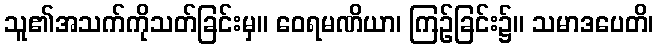
သူ၏အသက်ကိုသတ်ခြင်းမှ။ ဝေရမဏိယာ၊ ကြဉ်ခြင်း၌။ သမာဒပေတိ၊